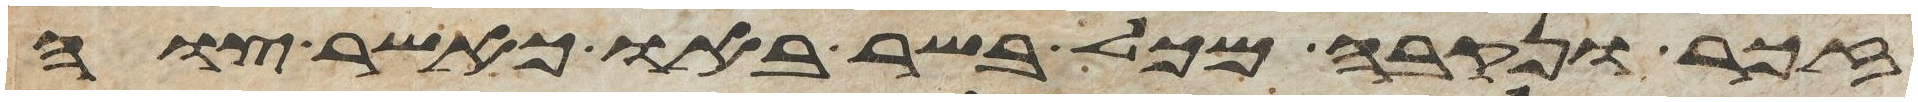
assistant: זכר ונקבה מכל בשר באו כאשר צוה